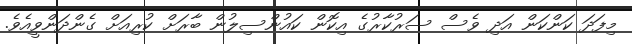
މިފަދަ ކަންކަން އަދި ވެސް ސަރުކާރުގެ އިކޮން ކައުންސިލުން ބާރަށް ކުރިއަށް ގެންދަންވީއެވެ.